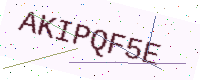
Text: AKIPQF5E